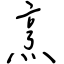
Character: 烹